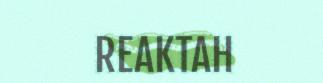
REAKTAH